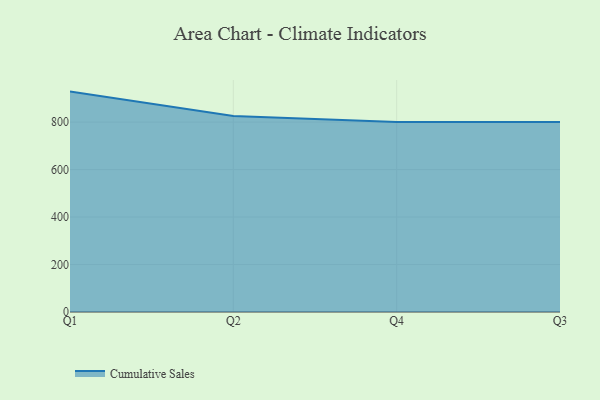
{"axis": {"x": "Quarter", "y": "Population (Million)"}, "legend": ["Cumulative Sales"], "data": [{"x": "Q1", "y": 928.4, "type": "Cumulative Sales"}, {"x": "Q2", "y": 826.1, "type": "Cumulative Sales"}, {"x": "Q4", "y": 800, "type": "Cumulative Sales"}, {"x": "Q3", "y": 800, "type": "Cumulative Sales"}]}